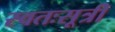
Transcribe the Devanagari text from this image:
स्वतःसूत्री